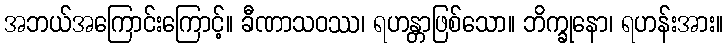
အဘယ်အကြောင်းကြောင့်။ ခီဏာသဝဿ၊ ရဟန္တာဖြစ်သော။ ဘိက္ခုနော၊ ရဟန်းအား။